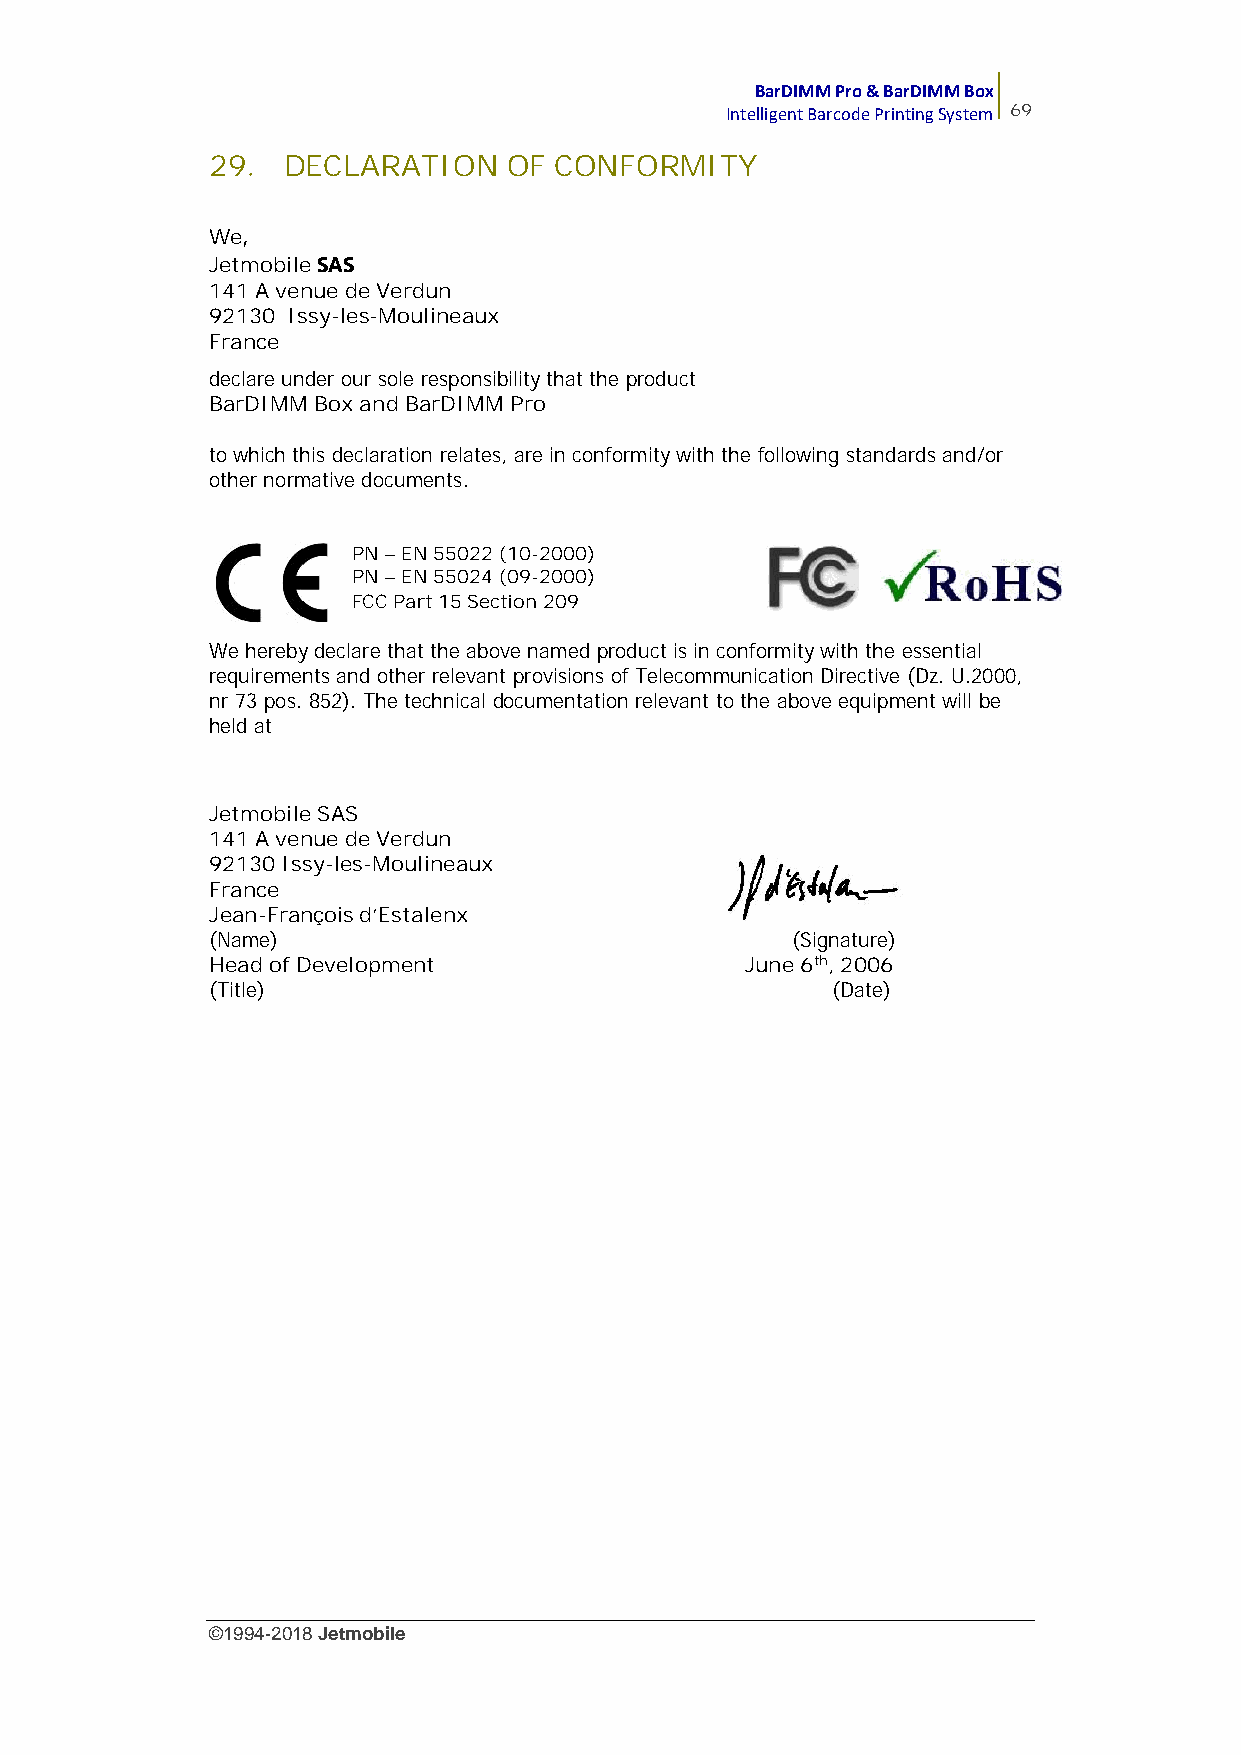
BarDIMM Pro & BarDIMM Box
 Intelligent Barcode Printing System 69
 29.  DECLARATION    OF CONFORMITY
 We,
 JetmobileSAS
 141 A venue de Verdun
 92130 Issy-les-Moulineaux
 France
 declare under our sole responsibility that the product
 BarDIMM Box and BarDIMM Pro
 to which this declaration relates, are in conformity with the following standards and/or
 other normative documents.
 PN–EN 55022 (10-2000)
 PN–EN 55024 (09-2000)
 FCC Part 15 Section 209
 We hereby declare that the above named product is in conformity with the essential
 requirements and other relevant provisions of Telecommunication Directive (Dz. U.2000,
 nr 73 pos. 852). The technical documentation relevant to the above equipment will be
 held at
 Jetmobile SAS
 141 A venue de Verdun
 92130 Issy-les-Moulineaux
 France
 Jean-François d’Estalenx
 (Name)                                (Signature)
 Head of Development                June 6th, 2006
 (Title)                                  (Date)
 ©1994-2018Jetmobile
 E
 r
 r
 o